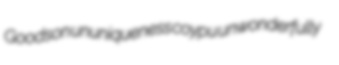
Goodson ununiqueness coypu unwonderfully